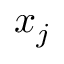
x _ { j }